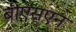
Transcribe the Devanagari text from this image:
बीएसएन